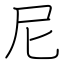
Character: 尼